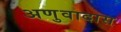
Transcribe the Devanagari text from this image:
अणुवादास